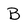
Character: B